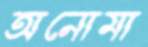
অনোমা